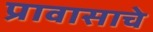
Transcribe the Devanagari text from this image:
प्रावासाचे